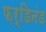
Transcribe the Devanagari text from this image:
फ़र्डिनंड